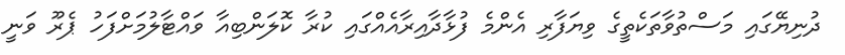
ދުނިޔޭގައި މަސްތުވާތަކެތީގެ ވިޔަފާރި އެންމެ ފުޅާދާއިރާއެއްގައި ކުރާ ކޮލަންބިއާ ވައްޓާލުމަށްފަހު ޕެރޫ ވަނީ